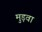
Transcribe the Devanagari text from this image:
मुड़वा